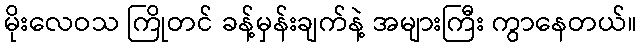
မိုးလေဝသ ကြိုတင် ခန့်မှန်းချက်နဲ့ အများကြီး ကွာနေတယ်။